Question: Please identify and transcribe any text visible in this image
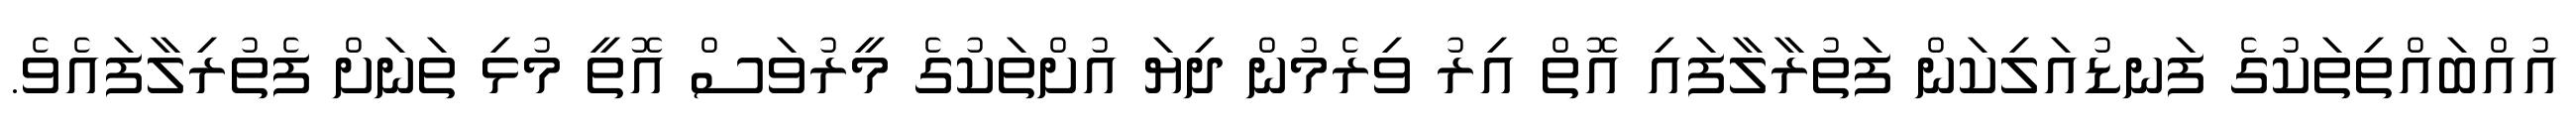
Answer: އުއްބައްތިތަކުގެ ފަނޑުއަލިކަން ފަތުރާލާފައި އޮތް އިރު ވިރެމުން ދިޔަ އުށްތަކުގެ މީރުވަސް އޮތީ މުޅި ތަނަށް ފެތުރިލާފައެވެ.